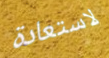
لاستعادة